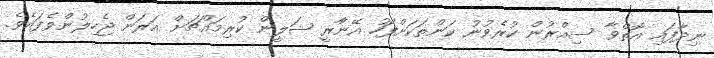
ނިދާފައި އޮތްވާ ސިއްރުން ކުރެވުނު ކަންތަކަށްފަހު އޭނާުރީ ޝަލީން ކުރިމައްޗަށް އަރަން ޖެހިލުންވެފައެވެ.